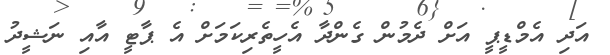
އަދި އެމްޑީޕީ އަށް ދެމުން ގެންދާ އެހީތެރިކަމަށް އެ ޕާޓީ އާއި ނަޝީދު